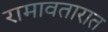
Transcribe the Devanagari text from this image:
रामावतारात